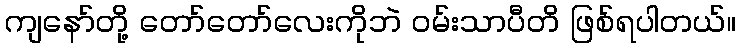
ကျနော်တို့ တော်တော်လေးကိုဘဲ ဝမ်းသာပီတိ ဖြစ်ရပါတယ်။